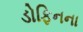
ડોફિનના